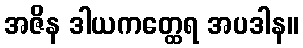
အဇိန ဒါယကတ္ထေရ အပဒါန။